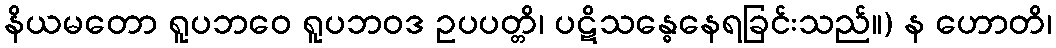
နိယမတော ရူပဘဝေ ရူပဘဝဒ ဥပပတ္တိ၊ ပဋိသန္ဓေနေရခြင်းသည်။) န ဟောတိ၊